Lunatic asylums United Provinces 1899-1908 - 1899-1908
Year: 1899
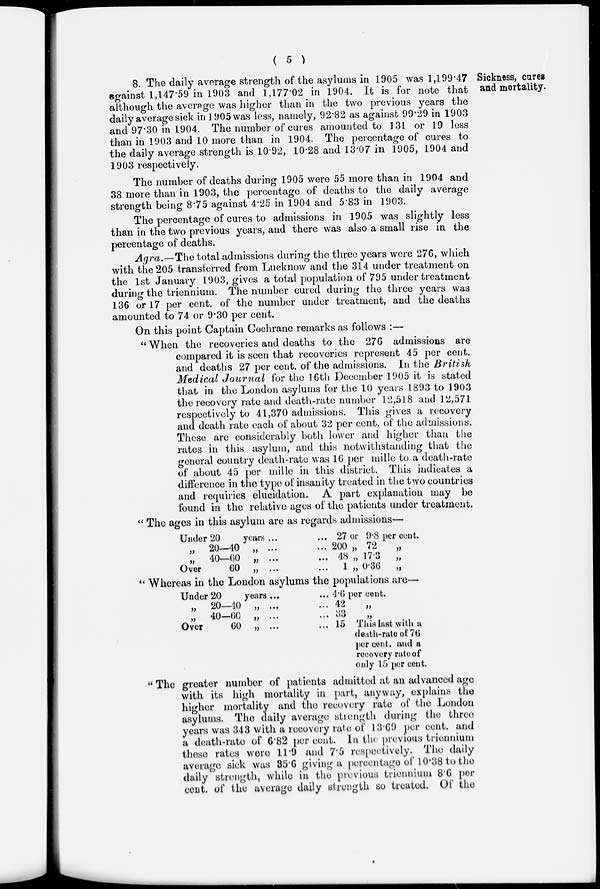
( 5 )
Sickness, cures
and mortality.
8. The daily average strength of the asylums in 1905 was 1,199.47
against 1,147.59 in 1903 and 1,177.02 in 1904. It is for note that
although the average was higher than in the two previous years the
daily average sick in 1905 was less, namely, 92.82 as against 99.29 in 1903
and 97.30 in 1904. The number of cures amounted to 131 or 19 less
than in 1903 and 10 more than in 1904. The percentage of cures to
the daily average strength is 10.92, 10.28 and 13.07 in 1905, 1904 and
1903 respectively.
The number of deaths during 1905 were 55 more than in 1904 and
38 more than in 1903, the percentage of deaths to the daily average
strength being 8.75 against 4.25 in 1904 and 5.83 in 1903.
The percentage of cures to admissions in 1905 was slightly less
than in the two previous years, and there was also a small rise in the
percentage of deaths.
Agra.—The total admissions during the three years were 276, which
with the 205 transferred from Lucknow and the 314 under treatment on
the 1st January 1903, gives a total population of 795 under treatment
during the triennium. The number cured during the three years was
136 or 17 per cent. of the number under treatment, and the deaths
amounted to 74 or 9.30 per cent.
On this point Captain Cochrane remarks as follows :—
"When the recoveries and deaths to the 276 admissions are
compared it is seen that recoveries represent 45 per cent.
and deaths 27 per cent. of the admissions. In the British
Medical Journal
for the 16th December 1905 it is stated
that in the London asylums for the 10 years 1893 to 1903
the recovery rate and death-rate number 12,518 and 12,571
respectively to 41,370 admissions. This gives a recovery
and death rate each of about 32 per cent. of the admissions.
These are considerably both lower and higher than the
rates in this asylum, and this notwithstanding that the
general country death-rate was 16 per mille to a death-rate
of about 45 per mille in this district. This indicates a
difference in the type of insanity treated in the two countries
and requiries elucidation. A part explanation may be
found in the relative ages of the patients under treatment.
" The ages in this asylum are as regards admissions—
Under 20
years ... ...
„ 20—40 „ ... ...
„ 40—60 „ ... ...
Over
60 „ ... ...
27 or 9.8 per cent.
200 „ 72
„
48 „ 17 3 „
1 „ 0.36 „
" Whereas in the London asylums the populations are—
Under 20
years ... ...
„ 20—40 „ ... ...
„ 40-60 „ ... ...
Over
60 „ ... ...
4.6 per cent.
42 „
33
„
15 This last with a
death-rate of 76
per cent. and a
recovery rate of
only 15 per cent.
" The greater number of patients admitted at an advanced age
with its high mortality in part, anyway, explains the
higher mortality and the recovery rate of the London
asylums. The daily average strength during the three
years was 343 with a recovery rate of 13.69 per cent. and
a death-rate of 6.82 per cent. In the previous triennium
these rates were 11.9 and 7.5 respectively. The daily
average sick was 35.6 giving a percentage of 10.38 to the
daily strength, while in the previous triennium 8.6 per
cent. of the average daily strength so treated. Of the